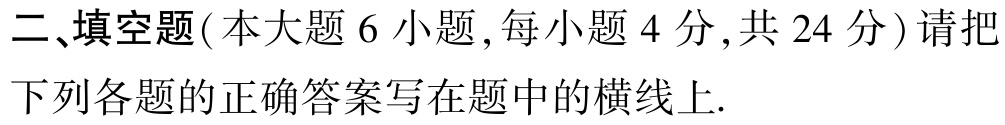
二、填空题(本大题 6 小题,每小题 4 分,共 24 分) 请把下列各题的正确答案写在题中的横线上.